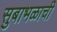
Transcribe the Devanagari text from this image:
सुबाभळाची